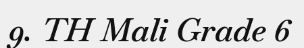
9. TH Mali Grade 6